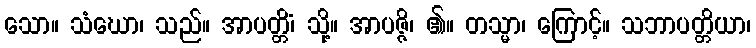
သော။ သံဃော၊ သည်။ အာပတ္တိံ၊ သို့။ အာပဇ္ဇိ၊ ၏။ တသ္မာ၊ ကြောင့်။ သဘာပတ္တိယာ၊